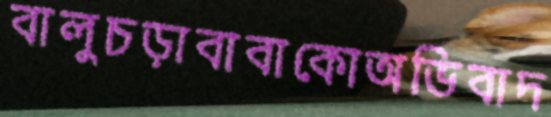
বালুচড়াবাবাকোঅভিবাদ